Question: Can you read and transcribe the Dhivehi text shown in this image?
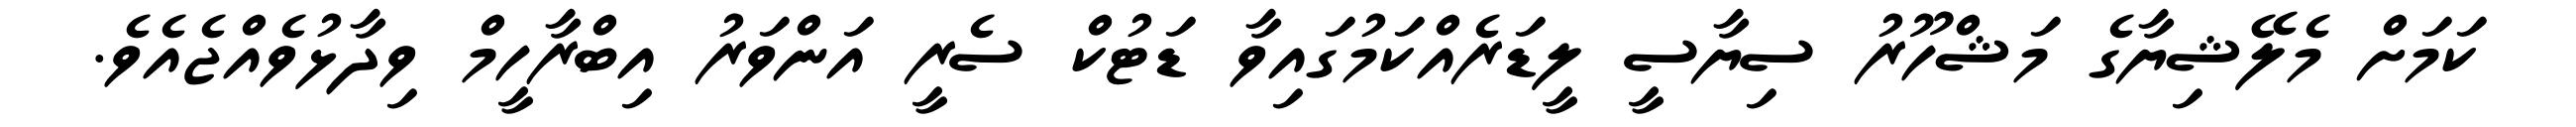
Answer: ކަމަށް މެލޭޝިޔާގެ މަޝްހޫރު ސިޔާސީ ލީޑަރެއްކަމުގައިވާ ޑަޓުކް ސެރީ އަންވަރު އިބްރާހީމް ވިދާޅުވެއްޖެއެވެ.